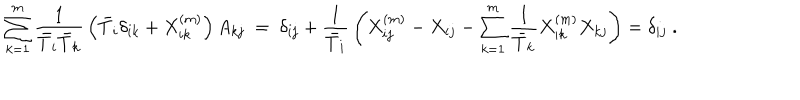
\sum _ { k = 1 } ^ { m } { \frac { 1 } { \bar { T } _ { i } \bar { T } _ { k } } } \left( \bar { T } _ { i } \delta _ { i k } + X _ { i k } ^ { ( m ) } \right) A _ { k j } \ = \ \delta _ { i j } + { \frac { 1 } { { \bar { T } } _ { i } } } \left( X _ { i j } ^ { ( m ) } - X _ { i j } - \sum _ { k = 1 } ^ { m } { \frac { 1 } { { \bar { T } } _ { k } } } X _ { i k } ^ { ( m ) } X _ { k j } \right) = \delta _ { i j } \ .